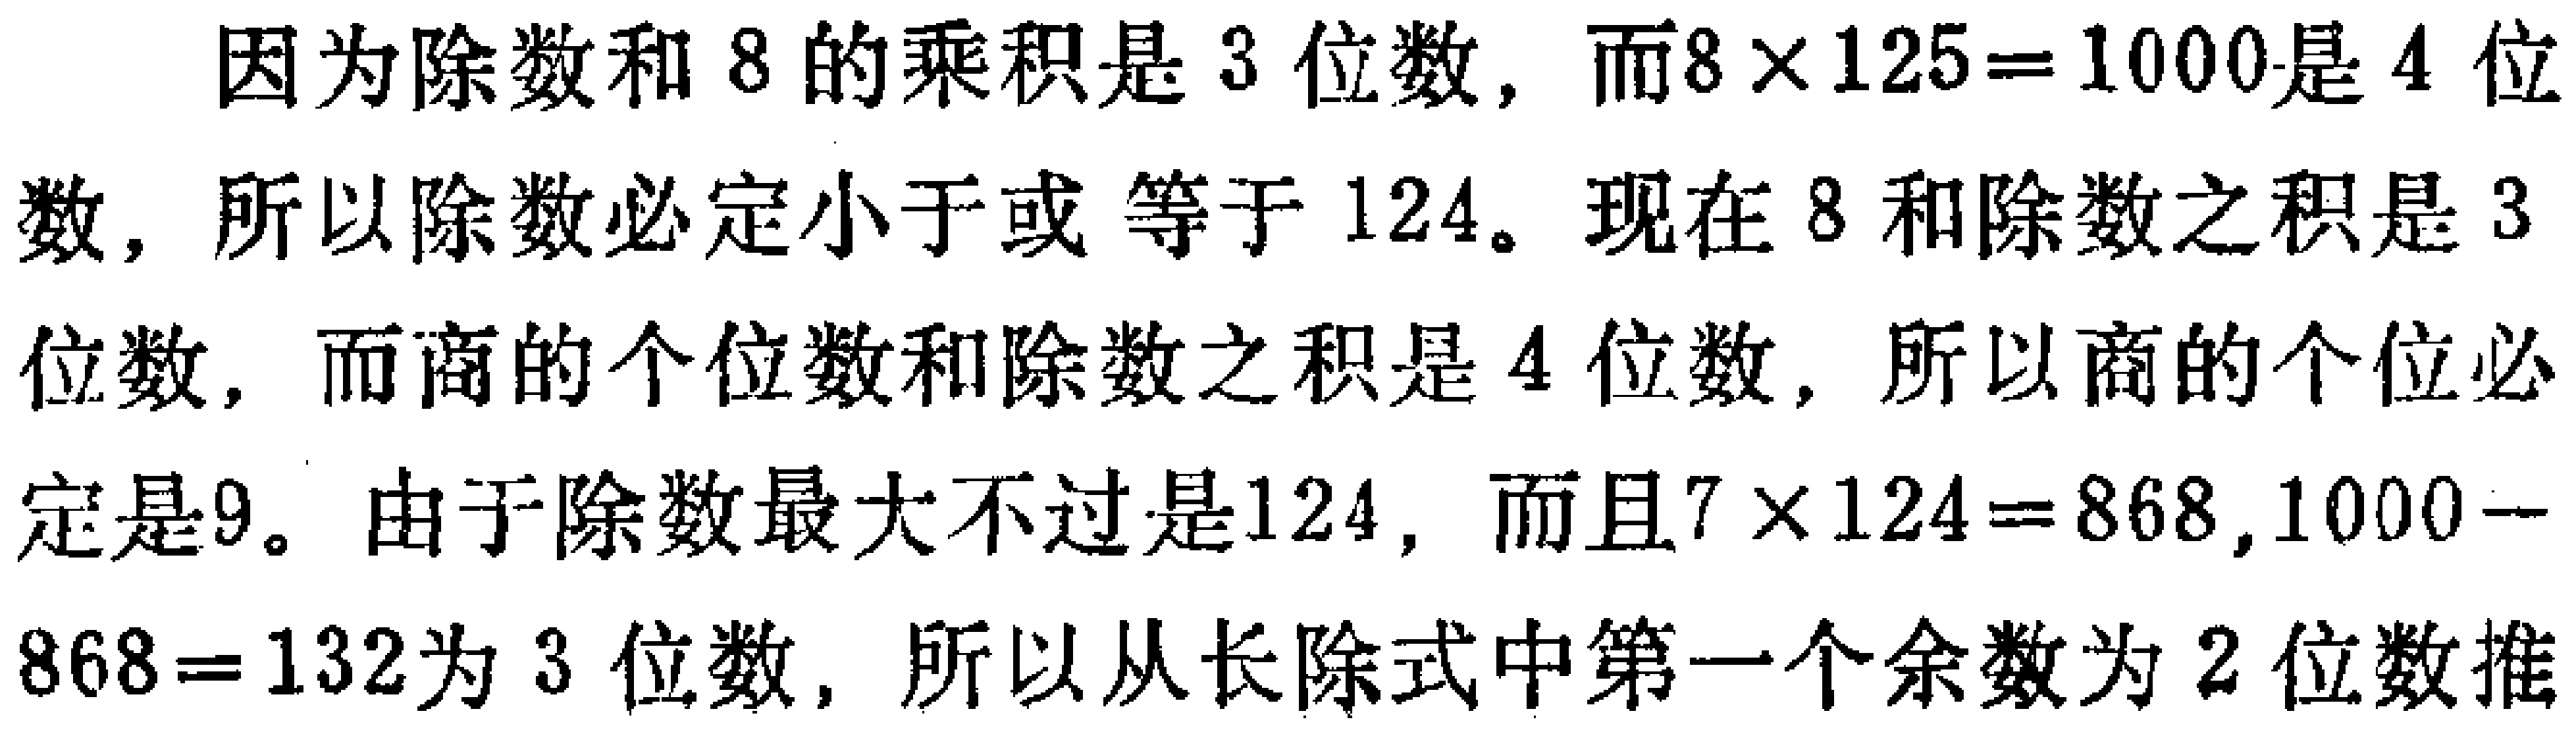
因为除数和 \(8\) 的乘积是 \(3\) 位数，而\(8\times125 = 1000\)是 \(4\) 位数，所以除数必定小于或 等于 \(124\)。现在 \(8\) 和除数之积是 \(3\) 位数，而商的个位数和除数之积是 \(4\) 位数，所以商的个位必定是\(9\)。由于除数最大不过是\(124\)，而且\(7\times124 = 868\)，\(1000 - 868 = 132\)为 \(3\) 位数，所以从长除式中第一个余数为 \(2\) 位数推